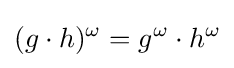
(g\cdot h)^{\omega }=g^{\omega }\cdot h^{\omega }